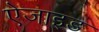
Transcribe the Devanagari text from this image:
ऐजाइड